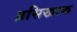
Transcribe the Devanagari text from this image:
प्रसिखाक